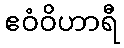
ဧဝံဝိဟာရီ